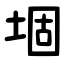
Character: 堌